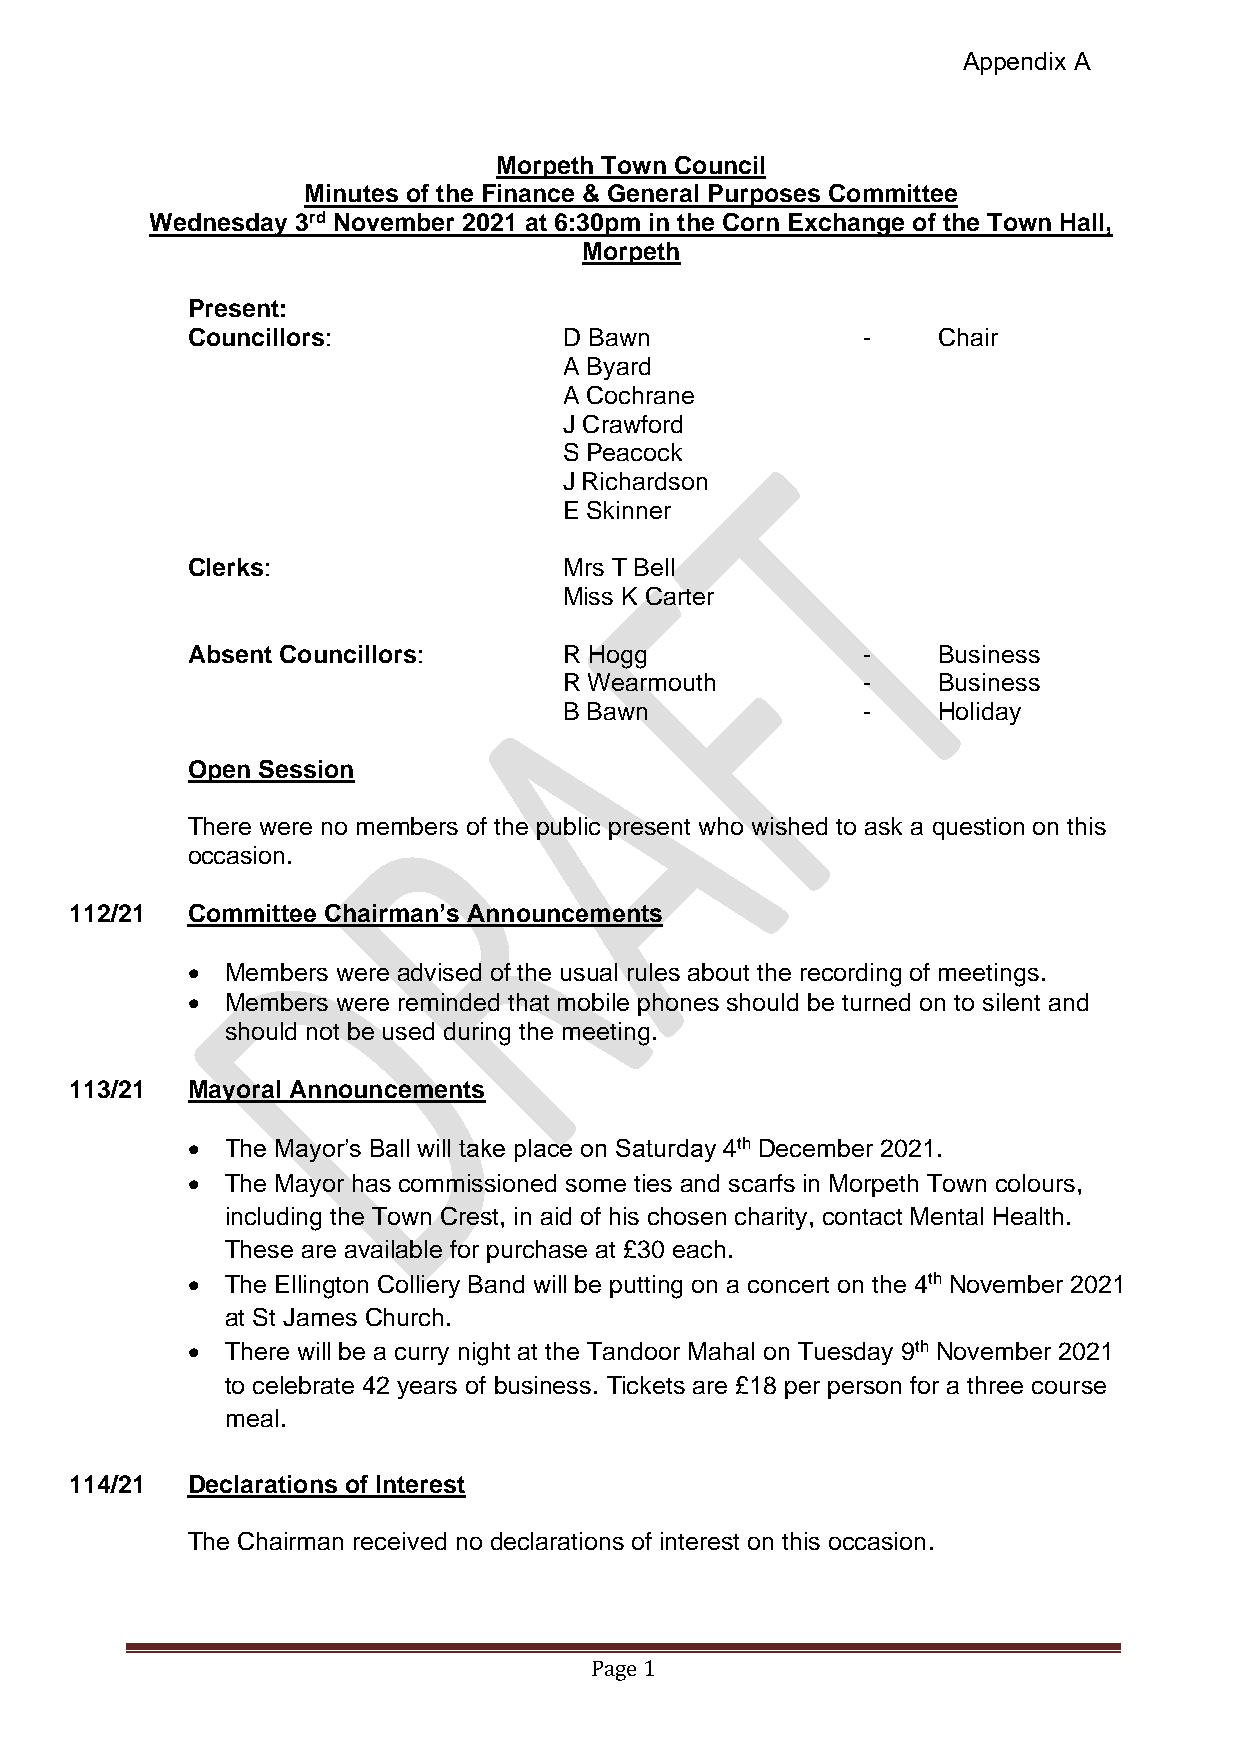
Appendix A
 Morpeth Town Council
 Minutes of the Finance & General Purposes Committee
 Wednesday 3rd November 2021 at 6:30pm in the Corn Exchange of the Town Hall,
 Morpeth
 Present:
 Councillors:             D Bawn              -    Chair
 A Byard
 A Cochrane
 J Crawford
 S Peacock
 J Richardson
 E Skinner
 Clerks:                  Mrs T Bell
 Miss K Carter
 Absent Councillors:      R Hogg              -    Business
 R Wearmouth         -    Business
 B Bawn              -    Holiday
 Open Session
 There were no members of the public present who wished to ask a question on this
 occasion.
 112/21 Committee Chairman’s Announcements
 •  Members were advised of the usual rules about the recording of meetings.
 •  Members were reminded that mobile phones should be turned on to silent and
 should not be used during the meeting.
 113/21 Mayoral Announcements
 •  The Mayor’s Ball will take place on Saturday 4th December 2021.
 •  The Mayor has commissioned some ties and scarfs in Morpeth Town colours,
 including the Town Crest, in aid of his chosen charity, contact Mental Health.
 These are available for purchase at £30 each.
 •  The Ellington Colliery Band will be putting on a concert on the 4th November 2021
 at St James Church.
 •  There will be a curry night at the Tandoor Mahal on Tuesday 9th November 2021
 to celebrate 42 years of business. Tickets are £18 per person for a three course
 meal.
 114/21 Declarations of Interest
 The Chairman received no declarations of interest on this occasion.
 Page 1